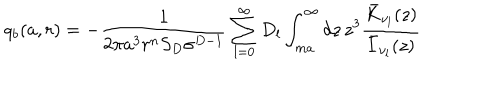
q _ { b } ( a , r ) = - \frac { 1 } { 2 \pi a ^ { 3 } r ^ { n } S _ { D } \sigma ^ { D - 1 } } \sum _ { l = 0 } ^ { \infty } D _ { l } \int _ { m a } ^ { \infty } d z \, z ^ { 3 } \frac { \bar { K } _ { \nu _ { l } } ( z ) } { \bar { I } _ { \nu _ { l } } ( z ) }